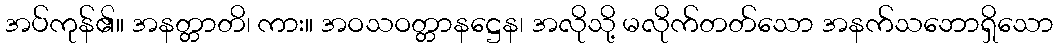
အပ်ကုန်၏။ အနတ္တာတိ၊ ကား။ အဝသဝတ္တာနဋ္ဌေန၊ အလိုသို့ မလိုက်တတ်သော အနက်သဘောရှိသော